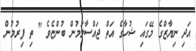
އަދި ނިޔާޒްގެ މޭގައި ޝުހާގެ އަތް ޖައްސާލަމުން ބުންޏެވެ " ތި ފިރުމުން